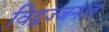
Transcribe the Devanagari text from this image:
विद्वज्जनात